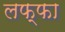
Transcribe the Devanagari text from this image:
लफ्फा